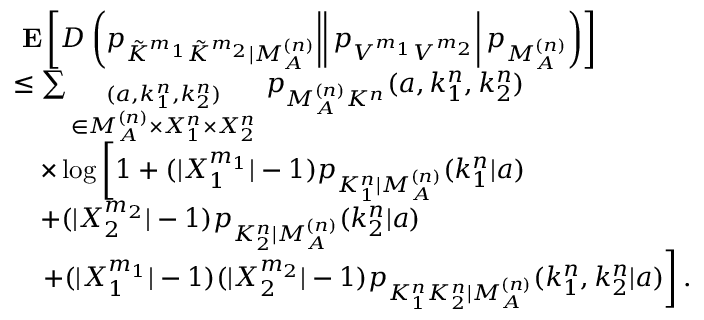
\begin{array} { r l } & { \mathrm { \bf ~ E } \left[ D \! \! \left. \left. \left. \left( p _ { \tilde { K } ^ { m _ { 1 } } \tilde { K } ^ { m _ { 2 } } | M _ { \cal A } ^ { ( n ) } } \right| \right| p _ { V ^ { m _ { 1 } } V ^ { m _ { 2 } } } \right| p _ { M _ { \cal A } ^ { ( n ) } } \right) \right] } \\ & { \leq \sum _ { \scriptstyle ( a , k _ { 1 } ^ { n } , k _ { 2 } ^ { n } ) \atop { \scriptstyle \in { \cal M } _ { \cal A } ^ { ( n ) } \times { \cal X } _ { 1 } ^ { n } \times { \cal X } _ { 2 } ^ { n } } } p _ { M _ { \cal A } ^ { ( n ) } K ^ { n } } ( a , k _ { 1 } ^ { n } , k _ { 2 } ^ { n } ) } \\ & { \quad \times \log \left[ 1 + ( | { \cal X } _ { 1 } ^ { m _ { 1 } } | - 1 ) p _ { K _ { 1 } ^ { n } | M _ { \cal A } ^ { ( n ) } } ( k _ { 1 } ^ { n } | a ) \right. } \\ & { \quad + ( | { \cal X } _ { 2 } ^ { m _ { 2 } } | - 1 ) p _ { K _ { 2 } ^ { n } | M _ { \cal A } ^ { ( n ) } } ( k _ { 2 } ^ { n } | a ) } \\ & { \left. \quad + ( | { \cal X } _ { 1 } ^ { m _ { 1 } } | - 1 ) ( | { \cal X } _ { 2 } ^ { m _ { 2 } } | - 1 ) p _ { K _ { 1 } ^ { n } K _ { 2 } ^ { n } | M _ { \cal A } ^ { ( n ) } } ( k _ { 1 } ^ { n } , k _ { 2 } ^ { n } | a ) \right] . } \end{array}